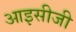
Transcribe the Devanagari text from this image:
आइसीजी